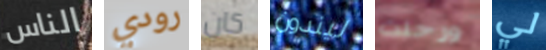
الناس رودي كان ليندون ورحلت لي